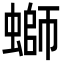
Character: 螄